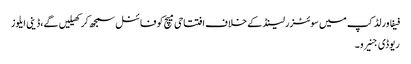
فیفا ورلڈ کپ میں سوئٹزرلینڈ کے خلاف افتتاحی میچ کو فائنل سمجھ کر کھیلیں گے،ڈینی ایلوز
ریوڈی جنیرو ۔